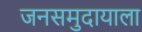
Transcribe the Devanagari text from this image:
जनसमुदायाला